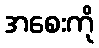
အစေးကို